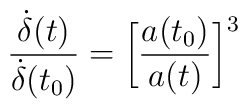
\frac{\dot{\delta}(t)}{\dot{\delta}(t_0)}=\bigg[\frac{a(t_0)}{a(t)}\bigg]^3